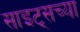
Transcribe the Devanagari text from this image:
साइट्‌सच्या